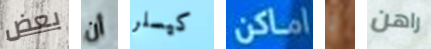
بعض أن كيسلر اماكن و راهن